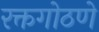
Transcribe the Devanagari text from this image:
रक्तगोठणे